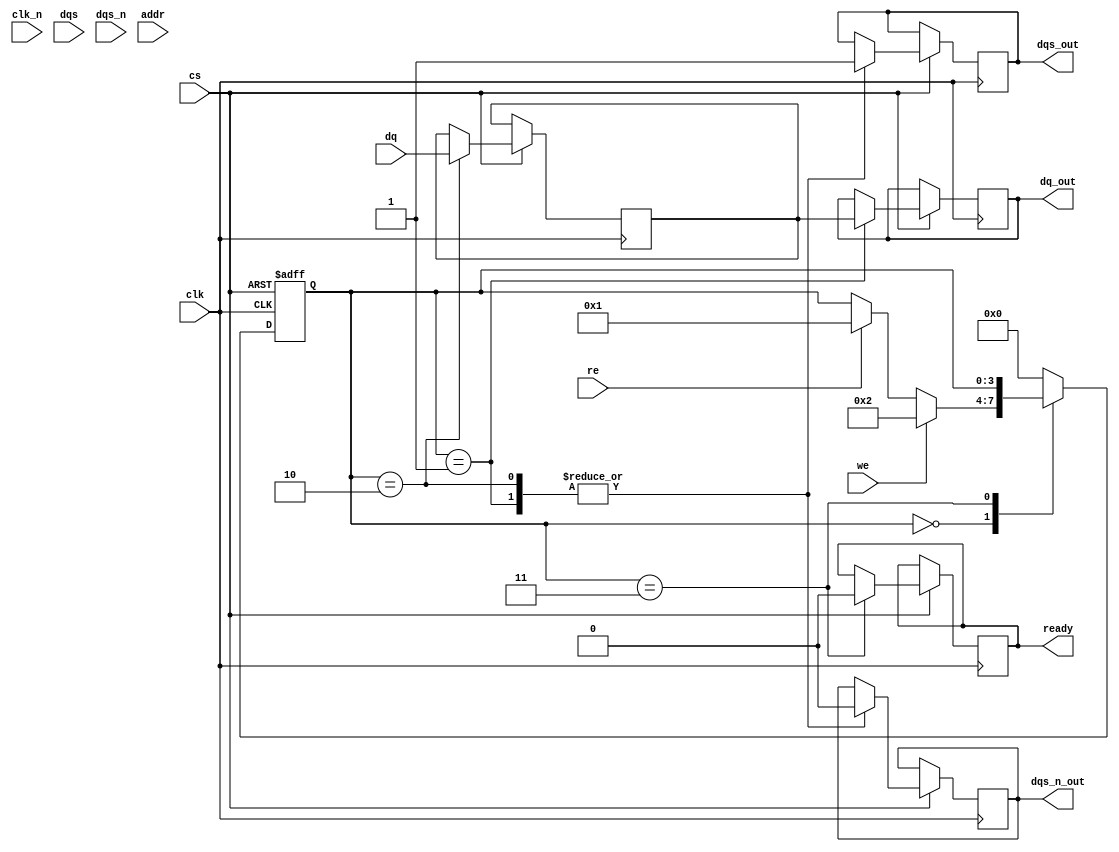
module gddr5x_io_block (
    input wire clk,          // System clock
    input wire clk_n,        // Inverted system clock
    input wire [31:0] dq,    // Data bus (32-bit)
    input wire dqs,          // Data strobe
    input wire dqs_n,        // Inverted data strobe
    input wire cs,           // Chip select
    input wire we,           // Write enable
    input wire re,           // Read enable
    input wire [15:0] addr,  // Address bus
    output reg [31:0] dq_out, // Data output
    output reg dqs_out,      // Data strobe output
    output reg dqs_n_out,    // Inverted data strobe output
    output reg ready         // Ready signal
);

    // Internal signals
    reg [31:0] data_buffer;   // Buffer for data
    reg [3:0] state;          // State machine for control
    reg [7:0] delay;          // Delay for timing control

    // State encoding
    localparam IDLE = 4'b0000,
               READ = 4'b0001,
               WRITE = 4'b0010,
               POWER_DOWN = 4'b0011;

    // Initial state
    initial begin
        state = IDLE;
        ready = 1'b0;
        delay = 8'd0;
    end

    // Main control logic
    always @(posedge clk or negedge cs) begin
        if (!cs) begin
            state <= IDLE; // Reset state on chip select low
        end else begin
            case (state)
                IDLE: begin
                    if (we) begin
                        state <= WRITE; // Transition to WRITE state
                    end else if (re) begin
                        state <= READ;  // Transition to READ state
                    end
                end

                WRITE: begin
                    data_buffer <= dq; // Capture data to buffer
                    dqs_out <= 1'b1;   // Assert DQS
                    dqs_n_out <= 1'b0; // Assert DQS#
                    // Add delay logic here if needed
                    state <= IDLE;     // Return to IDLE after write
                end

                READ: begin
                    dq_out <= data_buffer; // Output data from buffer
                    dqs_out <= 1'b1;       // Assert DQS
                    dqs_n_out <= 1'b0;     // Assert DQS#
                    // Add delay logic here if needed
                    state <= IDLE;         // Return to IDLE after read
                end

                POWER_DOWN: begin
                    ready <= 1'b0; // Indicate not ready in power down
                end

                default: state <= IDLE; // Default to IDLE
            endcase
        end
    end

    // Timing control logic (example)
    always @(posedge clk) begin
        if (state == WRITE || state == READ) begin
            // Implement programmable delay logic for DQS and data signals
            // This is a placeholder for actual delay implementation
            delay <= delay + 1;
        end
    end

endmodule